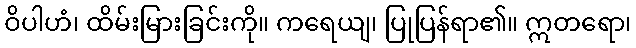
ဝိပါဟံ၊ ထိမ်းမြားခြင်းကို။ ကရေယျ၊ ပြုပြန်ရာ၏။ ဣတရော၊